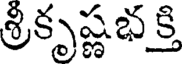
శ్రీకృష్ణభ క్తి